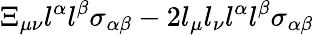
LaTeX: \Xi_{\mu\nu}l^{\alpha}l^{\beta}\sigma_{\alpha\beta}-2l_{\mu}l_{\nu}l^{\alpha}l^{\beta}\sigma_{\alpha\beta}